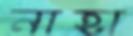
নাহা